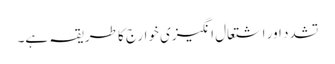
تشدد اور اشتعال انگیزی خوارج کا طریقہ ہے۔